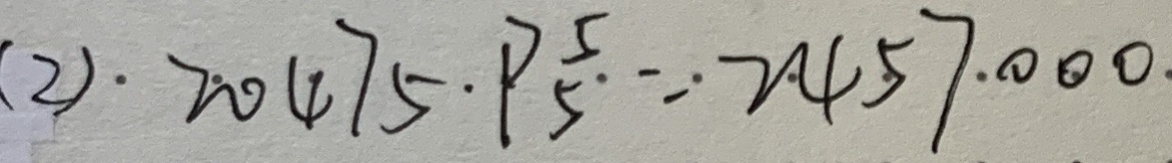
( 2 ) \cdot 2 0 4 7 5 \cdot P \frac { 5 } { 5 } = 2 4 5 7 0 0 0